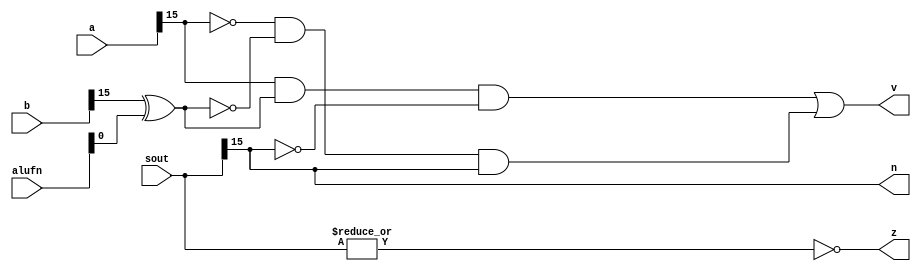
/*
   This file was generated automatically by the Mojo IDE version B1.3.6.
   Do not edit this file directly. Instead edit the original Lucid source.
   This is a temporary file and any changes made to it will be destroyed.
*/

module zvnvalues_15 (
    input [15:0] a,
    input [15:0] b,
    input [15:0] sout,
    input [5:0] alufn,
    output reg z,
    output reg v,
    output reg n
  );
  
  
  
  always @* begin
    z = (~|(sout));
    v = (a[15+0-:1] & (b[15+0-:1] ^ alufn[0+0-:1]) & !sout[15+0-:1]) | (!a[15+0-:1] & !(b[15+0-:1] ^ alufn[0+0-:1]) & sout[15+0-:1]);
    n = sout[15+0-:1];
  end
endmodule